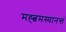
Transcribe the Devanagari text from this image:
मह्त्वमस्यानन्तं